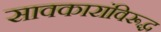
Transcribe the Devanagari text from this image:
सावकारांविरूद्ध